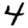
Digit: 4